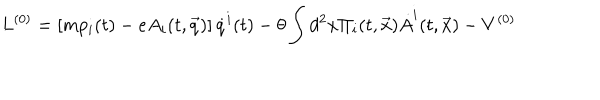
{ L } ^ { ( 0 ) } = \left[ m p _ { i } ( t ) - e A _ { i } ( t , \vec { q } ) \right] \dot { q } ^ { i } ( t ) - \theta \int d ^ { 2 } x \Pi _ { i } ( t , \vec { x } ) \dot { A } ^ { i } ( t , \vec { x } ) - V ^ { ( 0 ) }